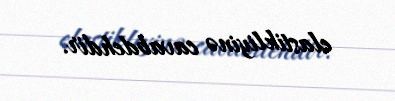
elastikliyinə cavabdehdir.